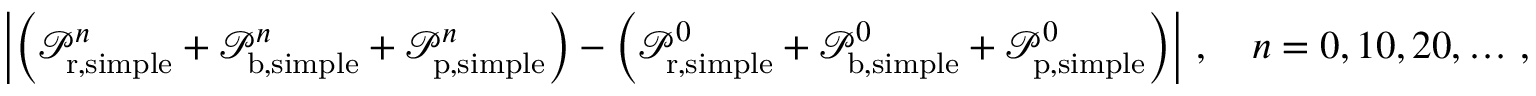
\left| \left( \mathcal P _ { \mathrm { r } , \mathrm { s i m p l e } } ^ { n } + \mathcal P _ { \mathrm { b } , \mathrm { s i m p l e } } ^ { n } + \mathcal P _ { \mathrm { p } , \mathrm { s i m p l e } } ^ { n } \right) - \left( \mathcal P _ { \mathrm { r } , \mathrm { s i m p l e } } ^ { 0 } + \mathcal P _ { \mathrm { b } , \mathrm { s i m p l e } } ^ { 0 } + \mathcal P _ { \mathrm { p } , \mathrm { s i m p l e } } ^ { 0 } \right) \right| \, , \quad n = 0 , 1 0 , 2 0 , \hdots \, ,